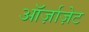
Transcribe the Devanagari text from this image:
ऑर्ज़ाज़ेट